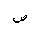
Letter: _sad